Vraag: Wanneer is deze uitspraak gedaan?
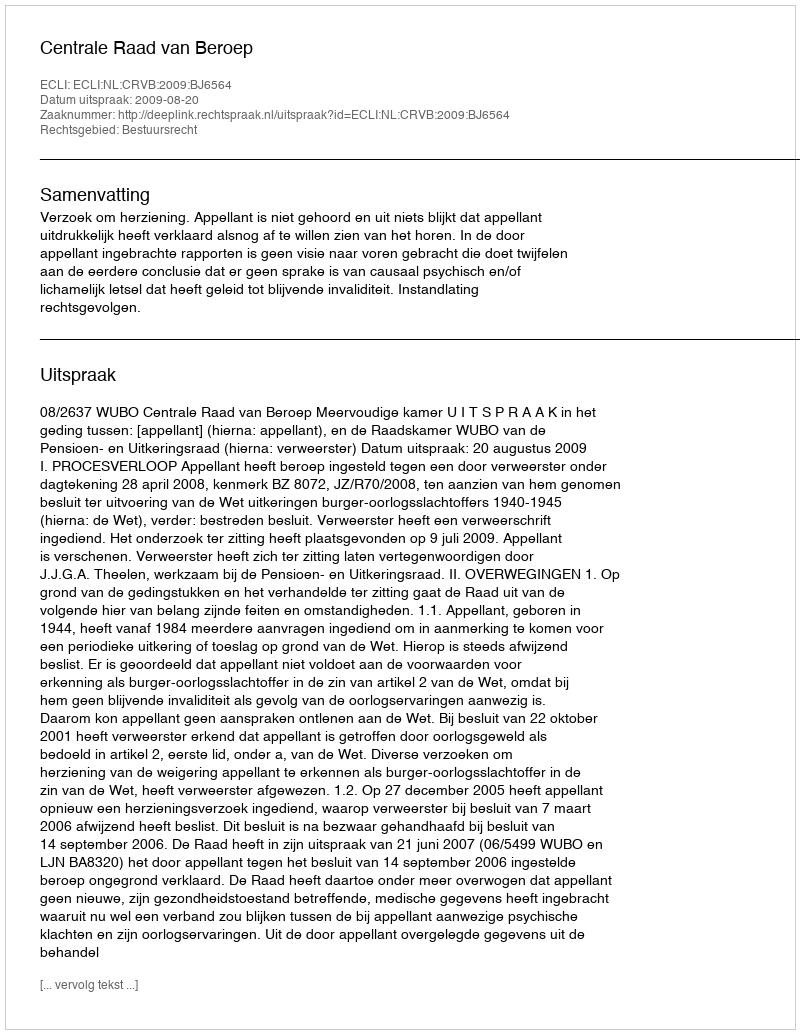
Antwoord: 2009-08-20